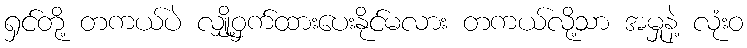
ရှင်တို့ တကယ်ပဲ လျှို့ဝှက်ထားပေးနိုင်မလား တကယ်လို့သာ အမှုနဲ့ လုံးဝ